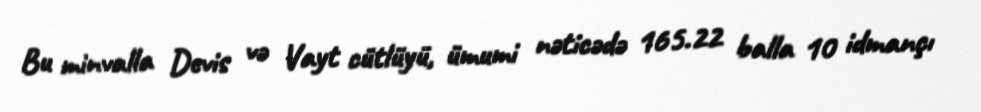
Bu minvalla Devis və Vayt cütlüyü, ümumi nəticədə 165.22 balla 10 idmançı